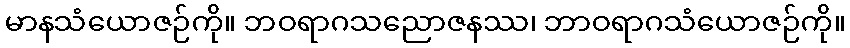
မာနသံယောဇဉ်ကို။ ဘဝရာဂသညောဇနဿ၊ ဘာဝရာဂသံယောဇဉ်ကို။